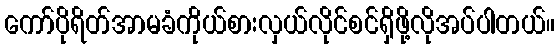
ကော်ပိုရိတ်အာမခံကိုယ်စားလှယ်လိုင်စင်ရှိဖို့လိုအပ်ပါတယ်။